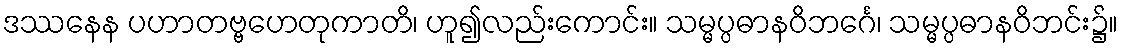
ဒဿနေန ပဟာတဗ္ဗဟေတုကာတိ၊ ဟူ၍လည်းကောင်း။ သမ္မပ္ပဓာနဝိဘင်္ဂေ၊ သမ္မပ္ပဓာနဝိဘင်း၌။